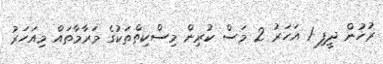
ރުހުން ދީފި 1 އަހަރު 2 މަސް ކުރިން މިސްކިތްތަކުގެ މަރާމާތައް މިއަހަރު